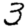
Digit: 3